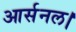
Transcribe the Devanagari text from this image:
आर्सनल।